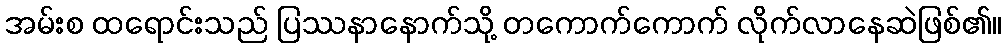
အမ်းစ ထရောင်းသည် ပြဿနာနောက်သို့ တကောက်ကောက် လိုက်လာနေဆဲဖြစ်၏။